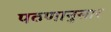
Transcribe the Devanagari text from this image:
पठणानुसार